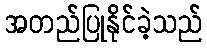
အတည်ပြုနိုင်ခဲ့သည်